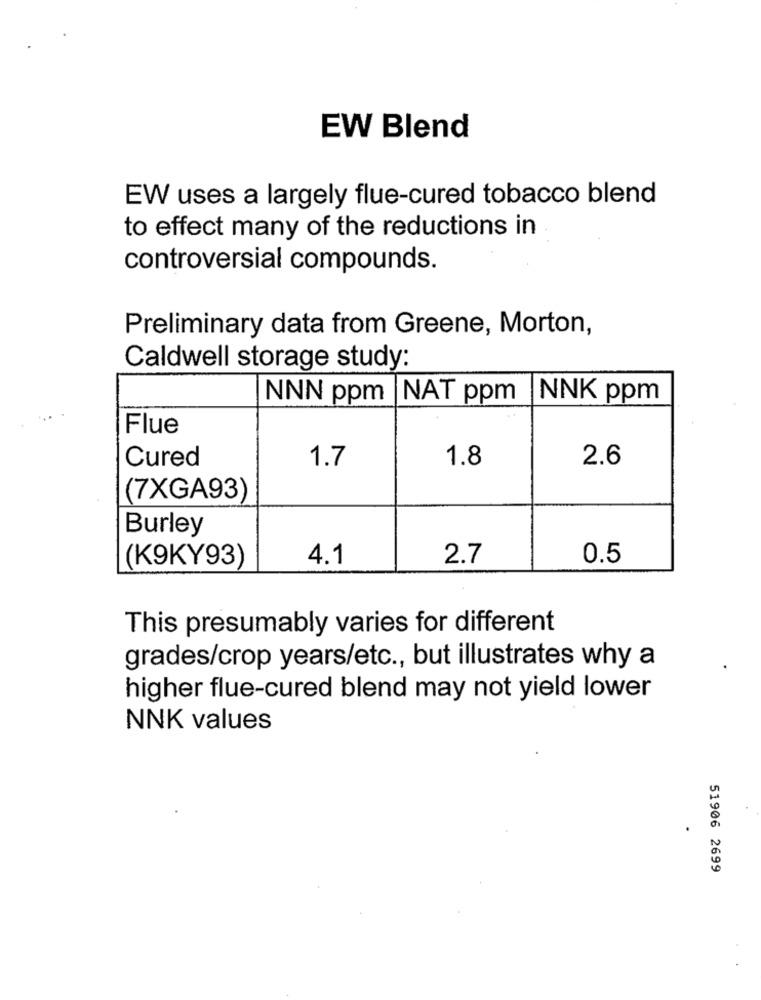
EW Blend
EW uses a largely flue-cured tobacco blend
to effect many of the reductions in
controversial compounds.
Preliminary data from Greene, Morton,
Caldwell storage study:
NNN ppm
NAT ppm
NNK ppm
Flue
Cured
1.7
2.6
1.8
(7XGA93)
Burley
(K9KY93)
4.1
2.7
0.5
This presumably varies for different
grades/crop years/etc ., but illustrates why a
higher flue-cured blend may not yield lower
NNK values
51906 2699